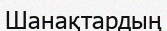
Шанақтардың